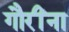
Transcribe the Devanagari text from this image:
गौरींना